Annual statistical returns and brief notes on vaccination in Bengal - 1887-1898
Year: 1887
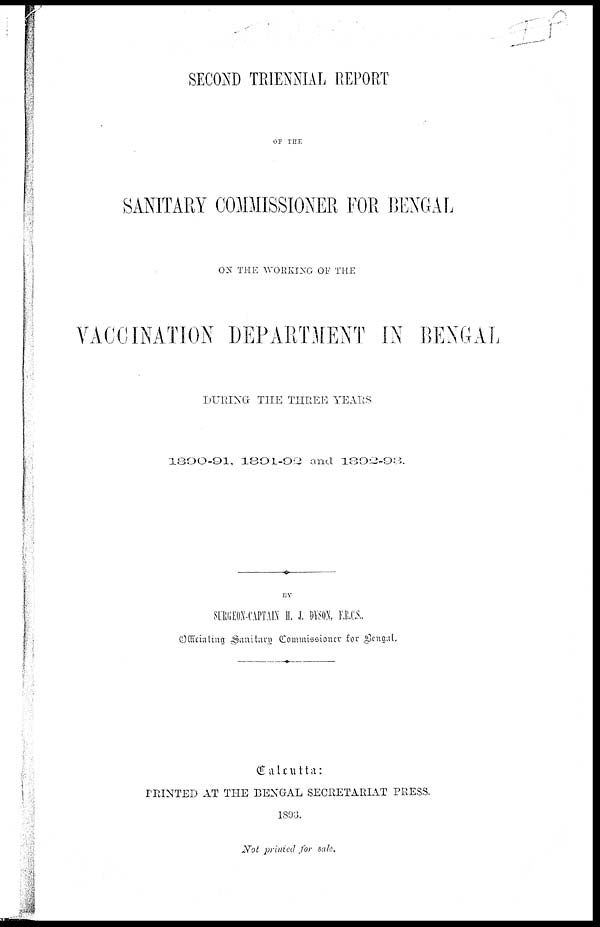
SECOND TRIENNIAL REPORT
OF THE
SANITARY COMMISSIONER FOR BENGAL
ON THE WORKING OF THE
VACCINATION DEPARTMENT IN BENGAL
DURING THE THREE YEARS
1890-91, 1891-92 and 1892-93.
BY
SURGEON-CAPTAIN H. J. DYSON, F.R.C.S.
Officiating Sanitary
Commissioner for Bengal.
Calcutta :
PRINTED AT THE BENGAL SECRETARIAT PRESS.
1893.
Not printed for sale.